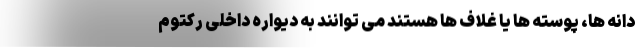
دانه ها، پوسته ها یا غلاف ها هستند می توانند به دیواره داخلی رکتوم